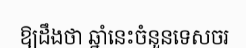
ឱ្យដឹងថា ឆ្នាំនេះចំនួនទេសចរ